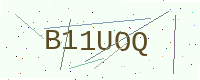
Text: B11UOQ